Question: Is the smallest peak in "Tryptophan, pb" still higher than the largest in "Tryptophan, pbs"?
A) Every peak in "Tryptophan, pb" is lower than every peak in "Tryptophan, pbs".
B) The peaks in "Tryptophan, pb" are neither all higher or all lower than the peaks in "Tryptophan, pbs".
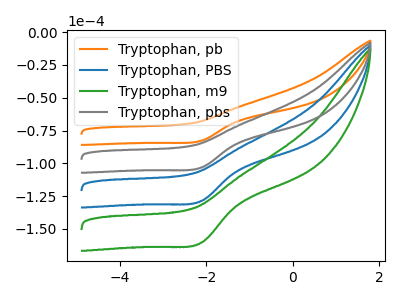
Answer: <think>The orange curve "Tryptophan, pb" has a cathodic peak at: (-2.10V, -82.75uA). The blue curve "Tryptophan, PBS" has a cathodic peak at: (-2.10V, -206.35uA). The green curve "Tryptophan, m9" has a cathodic peak at: (-2.10V, -309.55uA). The gray curve "Tryptophan, pbs" has a cathodic peak at: (-2.10V, -103.20uA).</think>
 <answer>A) Every peak in "Tryptophan, pb" is lower than every peak in "Tryptophan, pbs".</answer>
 <eval>A</eval>